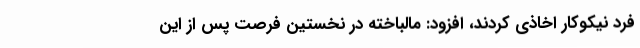
فرد نیکوکار اخاذی کردند، افزود: مالباخته در نخستین فرصت پس از این